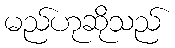
မည်ဟုဆိုသည်